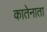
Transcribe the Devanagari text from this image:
कातेनाता